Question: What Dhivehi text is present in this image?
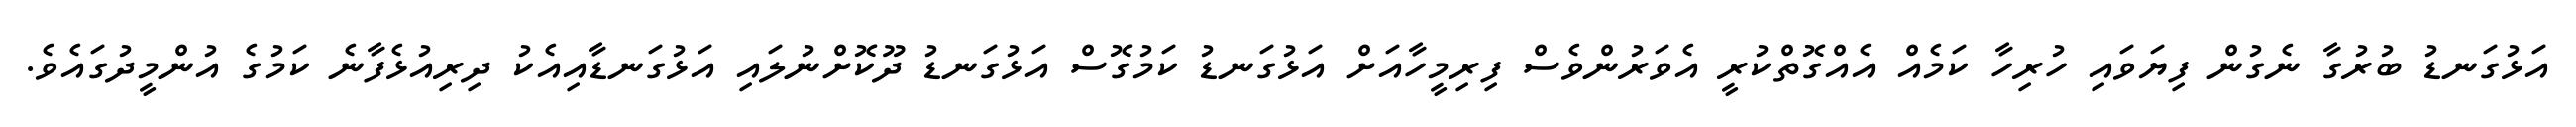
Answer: އަޅުގަނޑު ބުރުގާ ނެގުން ފިޔަވައި ހުރިހާ ކަމެއް އެއްގޮތްކުރީ އެވަރުންވެސް ފިރިމީހާއަށް އަޅުގަނޑު ކަމުގޮސް އަޅުގަނޑު ދޫކޮށްނުލައި އަޅުގަނޑާއިއެކު ދިރިއުޅެފާނެ ކަމުގެ އުންމީދުގައެވެ.